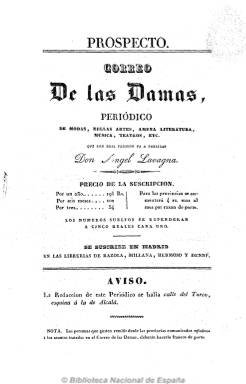
Título: Correo de las damas (Madrid)
Colección: Revistas femeninas || Moda
Ámbito geográfico: Madrid
Lugar de publicación: Madrid
Fechas: 03/06/1833-31/12/1835

Comienza a publicarse pocos meses antes del fallecimiento de Fernando VII (1784-1833), cuando Francisco Cea Bermúdez, como primer ministro, viene aplicando lo que se denomina despotismo ilustrado. Con el subtítulo “periódico de modas, bellas artes, amena literatura, música, teatros, etc.”, está considerada como una publicación especializada en modas dirigida a un público de la alta burguesía y la aristocracia –que tuvo su precedente en Periódico de las damas (1822)-, y siendo su objeto principal la moda (la española y la francesa), dará amplio espacio a textos de opinión, costumbres, relatos de viajes, cuentos, poesías, anécdotas, etc., así como a comentarios de teatro, música, bailes y salones y otras diversas noticias.

Con un dibujo de Cupido sobre la cabecera, acompañado de una leyenda latina y su traducción -Las bellas mujeres gustan de ligereza y variedad-, se presenta como un “papel semanal, ameno, ligero y florido, propio en fin de las bellas a quien se consagra”. En entregas, generalmente, de ocho páginas, compuestas a dos columnas, es estampado sobre un buen papel y con cuidada tipografía en diferentes imprentas, e incorpora una novedad: el color en las primorosas litografías y láminas en acero bajo el título Modas de París, firmadas por A. Eusebio, además de otros grabados con figurines y patrones de vestidos de mujer, hombre y niños, así como estampas de trajes regionales, de libreas, peinados, sombreros, pero también de muebles y carruajes.

Periódico que, perteneciendo al periodo romántico español, dará muestras de una hostilidad creciente contra este movimiento, tal como indicó María Cruz Seoane (1983). Lo publica con “Real permiso” Ángel Lavagna, que fue su editor, pero durante su primer año en publicación el encargado de su redacción no fue otro que Mariano José de Larra (1809-1937), que le dio a la revista una actitud anticasticista, tanto en sus textos sobre modas como sobre teatros, hasta que en 1835 se haga cargo de la misma el escritor costumbrista Antonio María Segovia (1808-1874) –conocido con el seudónimo El Estudiante- que lanzará una campaña patriótica a favor de la mantilla.

Entre otras, tiene una sección de Mujeres célebres, y publica artículos sobre la educación de las mujeres o bajo el epígrafe De la literatura de las mujeres, mostrándose partidario de una educación esmerada que las capacitara como educadoras de sus hijos y sustentadoras de la familia y la sociedad. Sus textos carecen prácticamente de firma, a excepción de algunas iniciales, como D.M.J. de L.,  R.R., A.R., M.G. o el seudónimo El Escritor sin título.

Primero fue semanal, apareciendo los miércoles. En 1834 publica seis entregas al mes (los días 5, 10, 15, 20, 25 y 30). Hasta el 15 de marzo de 1834 su foliación será continua, alcanzando las 528 páginas. Hasta el 30 de abril de 1834 publicará un total de 59 entregas. Inicia “nueva serie” o numeración el 15 de mayo de ese año, siendo quincenal a partir de esta fecha (15 y 30 de cada mes). Debió cesar en su publicación durante varios meses, y el 7 de enero de 1835 comienza una segunda época y numeración, otra vez con foliación continuada, publicándose los días 7, 14, 21 y 28 de cada mes. El último número de la colección de la Biblioteca Nacional de España es el 48, que corresponde al 31 de diciembre de 1835. Al final de esta entrega da cuenta del listado de suscriptoras y suscriptores de este año, encabezado por Isabel II y su madre, la reina Gobernadora. Hartzenbusch (1894) señala haber visto otra entrega posterior, del siete de enero de 1836, debiendo desparecer este año. Su colección la integran tres volúmenes, en 4º. Laura González Díez y Pedro Pérez Cuadrado han analizado su aspecto formal en un artículo publicado en 2009, y señalan que muchas de las ideas de su diseño y composición provenían de dos revistas francesas: Petit courier y Journal des dames et des modes.